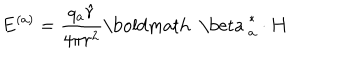
LaTeX: { \bf E } ^ { ( a ) } = \frac { q _ { a } { \hat { r } } } { 4 \pi r ^ { 2 } } { { \mathrm { \boldmath ~ \ b e t a ~ } } _ { a } ^ { * } } \cdot { \bf H }